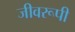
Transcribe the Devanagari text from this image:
जीवरूपी